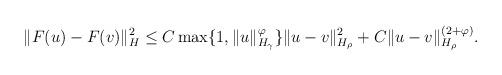
LaTeX: \begin{align*} &\| F(u) - F(v) \|_H^2 \leq C \max\{ 1, \| u \|_{ H_{\gamma} }^{\varphi} \} \| u-v \|_{ H_{\rho} }^2 + C \| u-v \|_{ H_{\rho} }^{(2+\varphi)} .\end{align*}